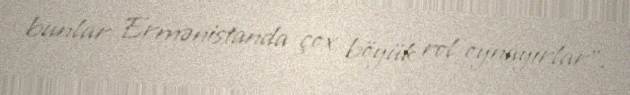
bunlar Ermənistanda çox böyük rol oynayırlar".